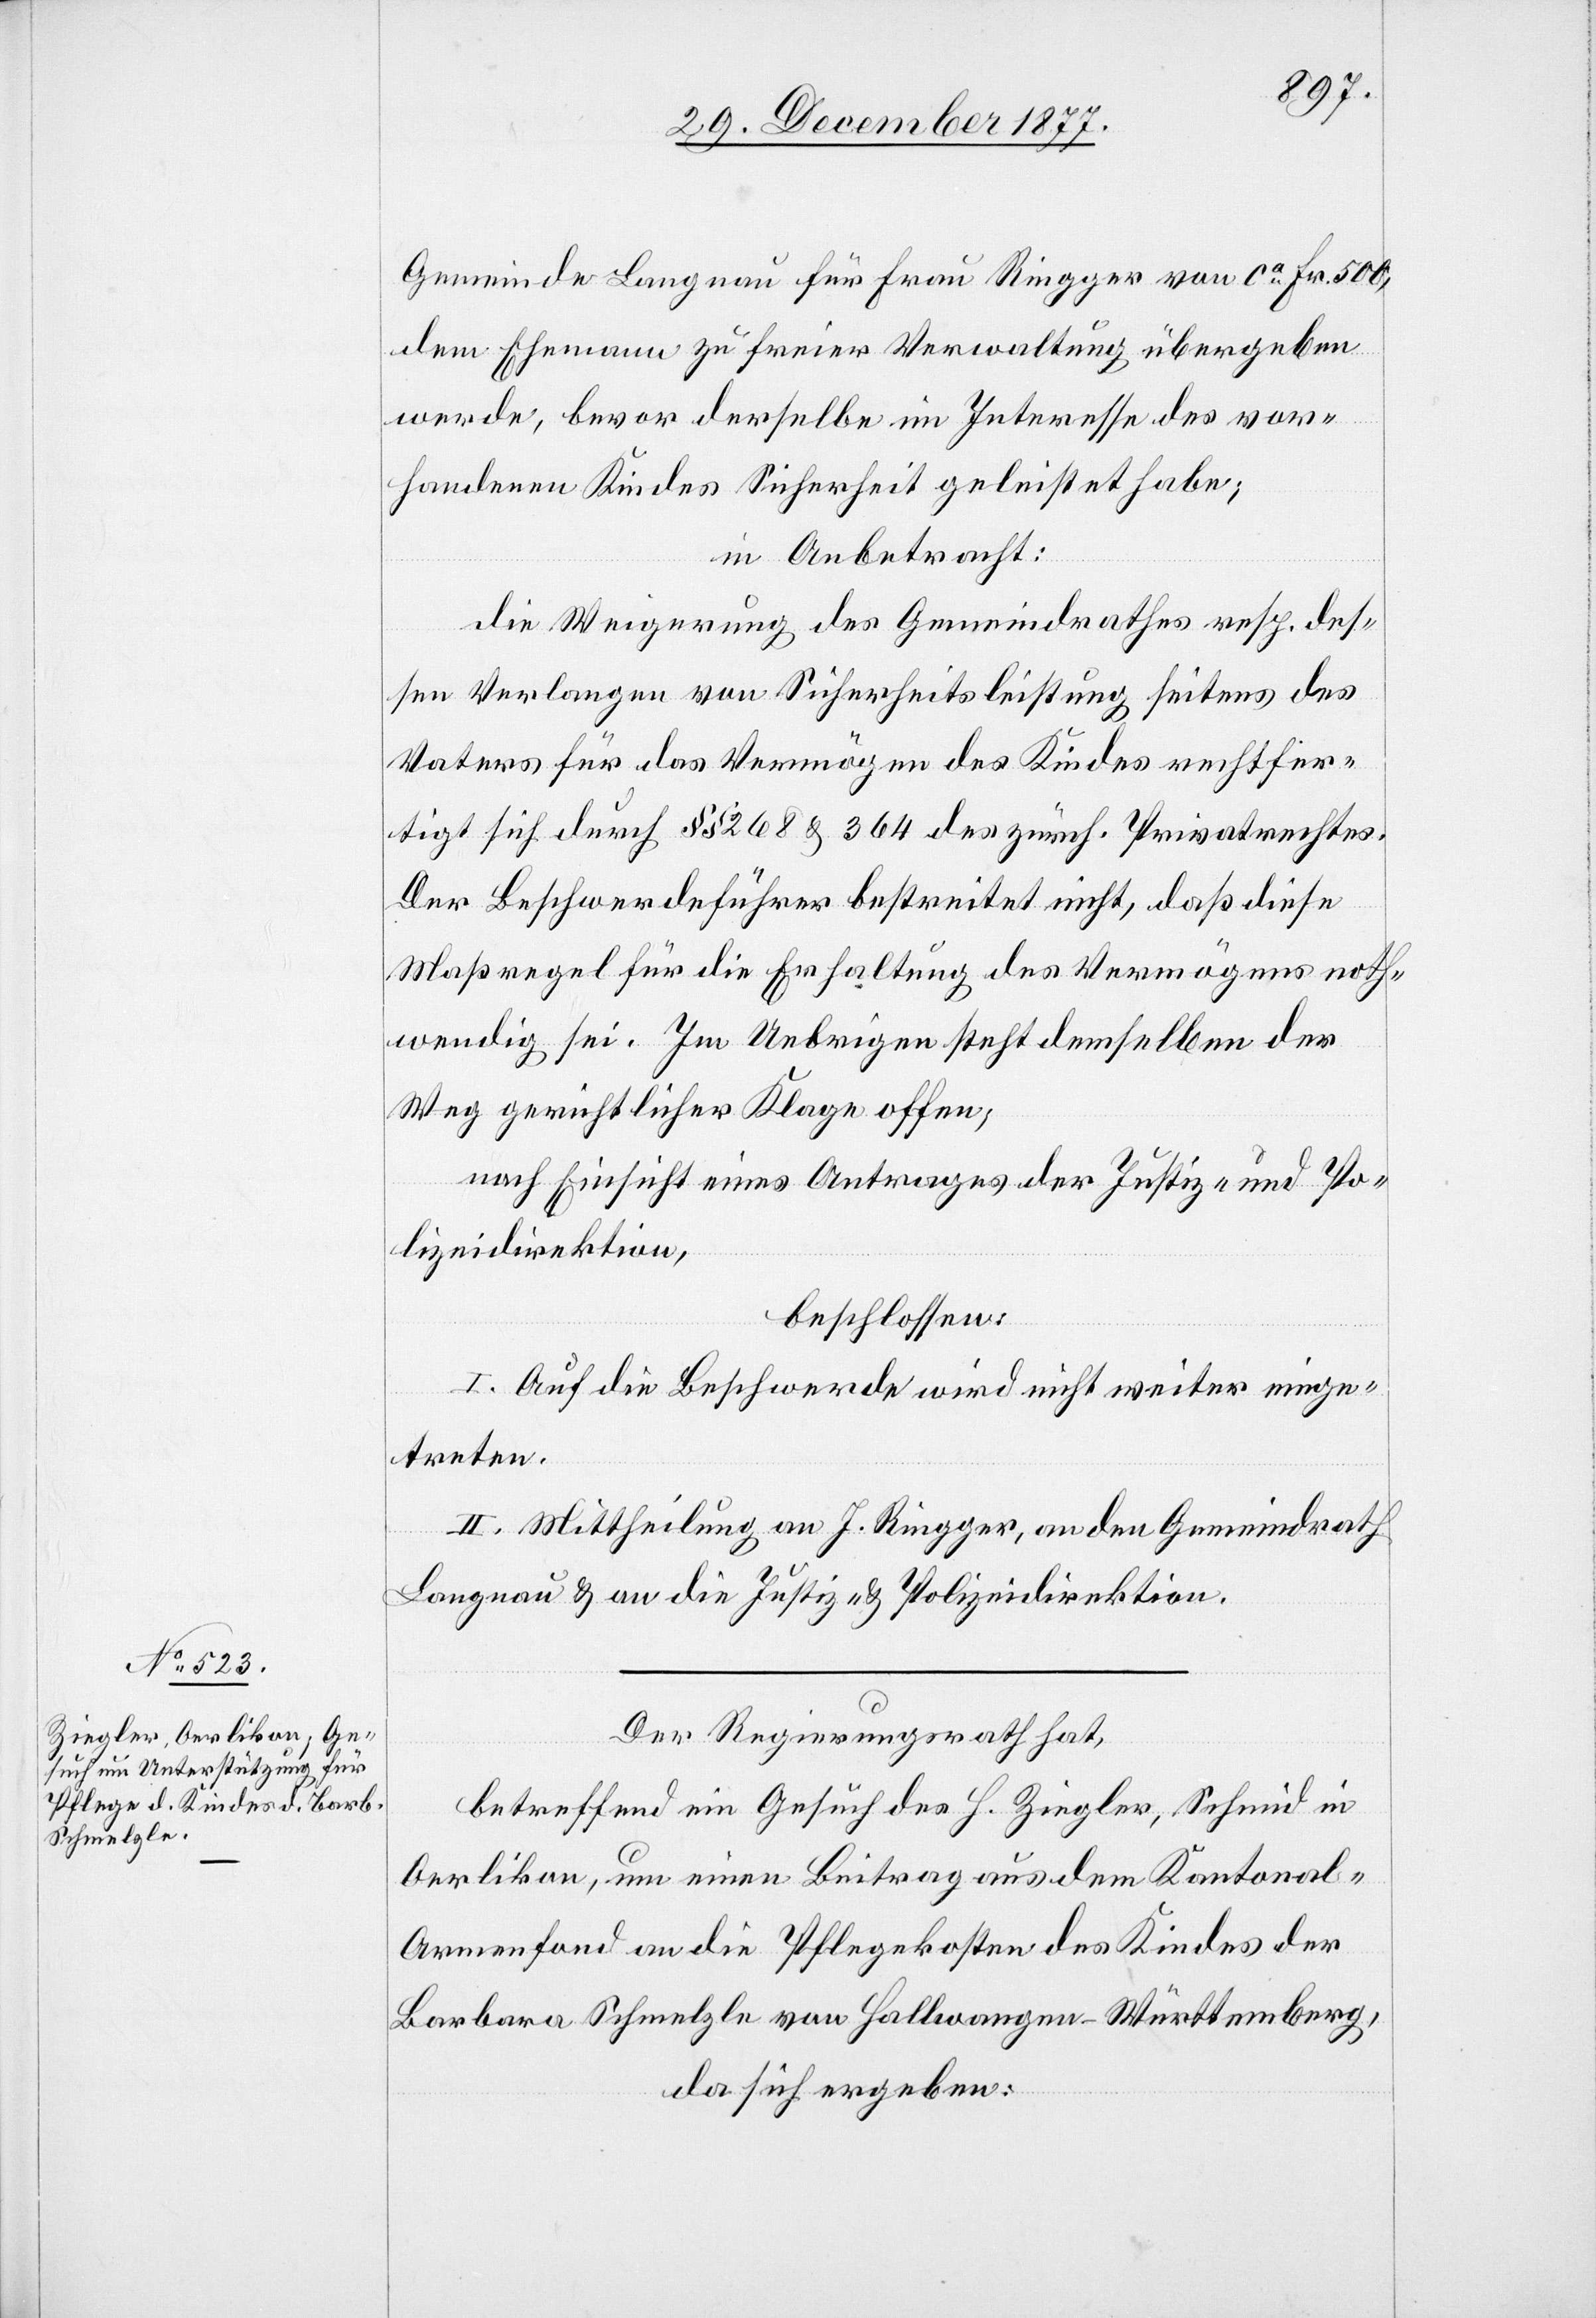
Gemeinde Langnau für Frau Ringger von ca Fr. 500,
dem Ehemann zu freier Verwaltung übergeben
werde, bevor derselbe im Interesse des vor¬
handenen Kindes Sicherheit geleistet habe;
in Anbetracht:
die Weigerung des Gemeindrathes resp. des¬
sen Verlangen von Sicherheitsleistung seitens des
Vaters für das Vermögen des Kindes rechtfer¬
tigt sich durch §§ 268 & 364 des zürch. Privatrechtes.
Der Beschwerdeführer bestreitet nicht, daß diese
Maßregel für die Erhaltung des Vermögens noth¬
wendig sei. Im Uebrigen steht demselben der
Weg gerichtlicher Klage offen;
nach Einsicht eines Antrages der Justiz- und Po¬
lizeidirektion,
beschlossen:
I. Auf die Beschwerde wird nicht weiter einge¬
treten.
II. Mittheilung an J. Ringger, an den Gemeindrath
Langnau & an die Justiz- & Polizeidirektion.
Der Regierungsrath hat,
betreffend ein Gesuch des H. Ziegler, Schmid in
Oerlikon, um einen Beitrag aus dem Kantonal-A¬
rmenfond an die Pflegekosten des Kindes der
Barbara Schmelzle von Hallwangen - Württemberg,
da sich ergeben: